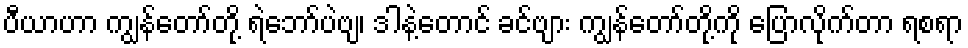
ပီယာဟာ ကျွန်တော်တို့ ရဲဘော်ပဲဗျ၊ ဒါနဲ့တောင် ခင်ဗျား ကျွန်တော်တို့ကို ပြောလိုက်တာ ရစရာ